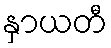
နှာယတီ